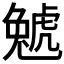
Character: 𧇢